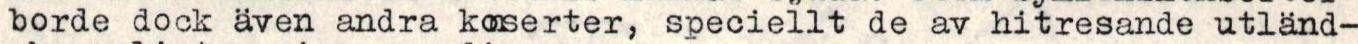
borde dock även andra koserter, speciellt de av hitresande utländ-